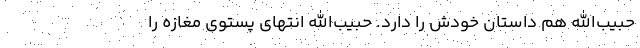
حبیب‌الله هم داستان خودش را دارد. حبیب‌الله انتهای پستوی مغازه را